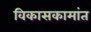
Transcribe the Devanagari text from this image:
विकासकामांत